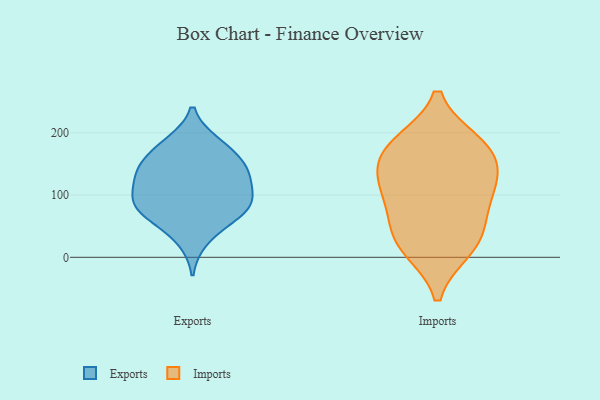
{"axis": {"x": "Energy Usage (MWh)", "y": "Value"}, "legend": ["Exports", "Imports"], "data": [{"x": "", "y": 88, "type": "Exports"}, {"x": "", "y": 99, "type": "Exports"}, {"x": "", "y": 160, "type": "Exports"}, {"x": "", "y": 61, "type": "Exports"}, {"x": "", "y": 27, "type": "Exports"}, {"x": "", "y": 73, "type": "Exports"}, {"x": "", "y": 184, "type": "Exports"}, {"x": "", "y": 67, "type": "Exports"}, {"x": "", "y": 85, "type": "Exports"}, {"x": "", "y": 133, "type": "Exports"}, {"x": "", "y": 128, "type": "Exports"}, {"x": "", "y": 124, "type": "Exports"}, {"x": "", "y": 152, "type": "Exports"}, {"x": "", "y": 98, "type": "Exports"}, {"x": "", "y": 146, "type": "Exports"}, {"x": "", "y": 185, "type": "Exports"}, {"x": "", "y": 183, "type": "Imports"}, {"x": "", "y": 121, "type": "Imports"}, {"x": "", "y": 18, "type": "Imports"}, {"x": "", "y": 14, "type": "Imports"}, {"x": "", "y": 148, "type": "Imports"}, {"x": "", "y": 180, "type": "Imports"}, {"x": "", "y": 101, "type": "Imports"}, {"x": "", "y": 66, "type": "Imports"}, {"x": "", "y": 40, "type": "Imports"}, {"x": "", "y": 174, "type": "Imports"}, {"x": "", "y": 116, "type": "Imports"}]}